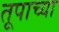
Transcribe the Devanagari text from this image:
तूपाच्या